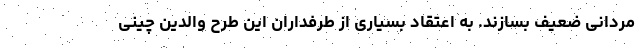
مردانی ضعیف بسازند. به اعتقاد بسیاری از طرفداران این طرح والدین چینی